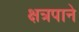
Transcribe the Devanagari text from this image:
क्षत्रपाने